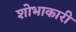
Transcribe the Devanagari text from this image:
शोभाकारी